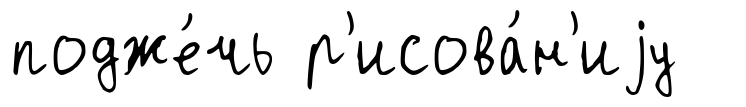
подже́чь р'исова́н'иjу